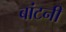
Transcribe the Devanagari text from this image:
बांटनी